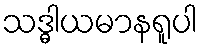
သဒ္ဓါယမာနရူပါ